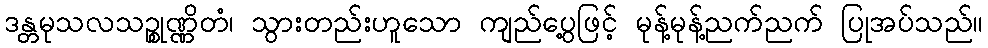
ဒန္တမုသလသဉ္စုဏ္ဏိတံ၊ သွားတည်းဟူသော ကျည်ပွေ့ဖြင့် မုန့်မုန့်ညက်ညက် ပြုအပ်သည်။